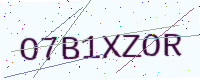
Text: O7B1XZOR